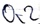
Text: Q2